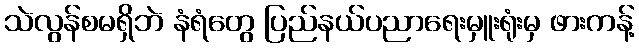
သဲလွန်စမရှိဘဲ နံရံတွေ ပြည်နယ်ပညာရေးမှူးရုံးမှ ဖားကန့်